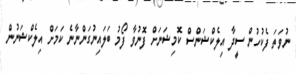
ނުވަތަ ފެކުހުން ސީދާ އިލެކްޝަންސް ކޮމިޝަނަށް ފޮނުވާ ފޯމު ބަލައިނުގަންނާނެ ކަަމަށް އިލެކްޝަނުން